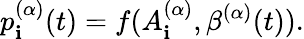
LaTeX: p_{\mathbf{i}}^{(\alpha)}(t)=f(A_{\mathbf{i}}^{(\alpha)},\beta^{(\alpha)}(t)).